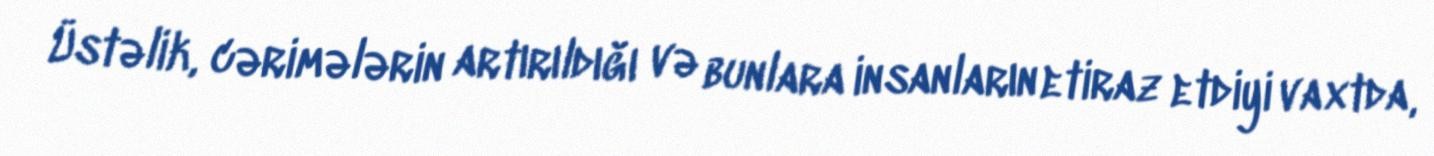
Üstəlik, cərimələrin artırıldığı və bunlara insanların etiraz etdiyi vaxtda,